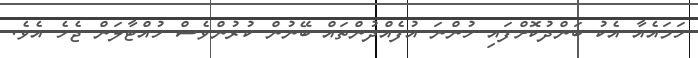
ހަމައެއާ އެކު ބަންދުކޮށްފައި ހުންނަ އުފެއްދުންތައް ބޭނުން ކުރުންވެސް ހުއްޓާލަން ޖެހެ އެވެ.